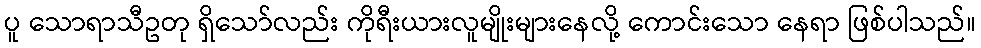
ပူ သောရာသီဥတု ရှိသော်လည်း ကိုရီးယားလူမျိုးများနေလို့ ကောင်းသော နေရာ ဖြစ်ပါသည်။